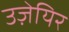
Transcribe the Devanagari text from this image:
उज़ेयिर